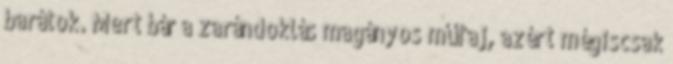
barátok. Mert bár a zarándoklás magányos műfaj, azért mégiscsak